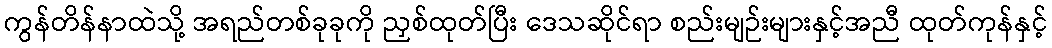
ကွန်တိန်နာထဲသို့ အရည်တစ်ခုခုကို ညှစ်ထုတ်ပြီး ဒေသဆိုင်ရာ စည်းမျဉ်းများနှင့်အညီ ထုတ်ကုန်နှင့်